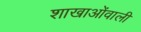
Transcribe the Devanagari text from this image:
शाखाओंवाली